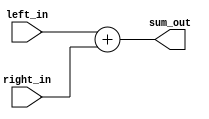
module adder#(parameter W = 32)
	(
	input [W-1:0] left_in,
	input [W-1:0]	right_in,
	output reg [W:0] sum_out
	);
	
	always @(*)
		begin
			sum_out = left_in + right_in;
		end
endmodule